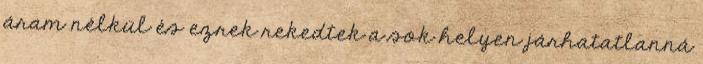
áram nélkül és ezrek rekedtek a sok helyen járhatatlanná